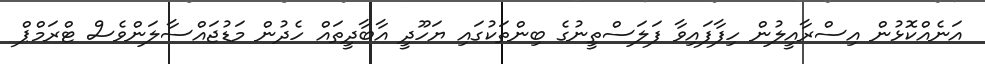
އަނެއްކޮޅުން އިސްރާއީލުން ހިފާފައިވާ ފަލަސްތީނުގެ ބިންތަކުގައި ޔަހޫދީ އާބާދީތައް ހެދުން މަޑުޖައްސާލަންވެސް ޓްރަމްޕް